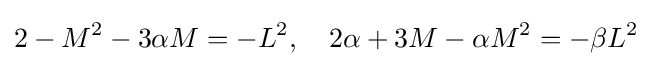
2-M^{2}-3\alpha M=-L^{2},\quad 2\alpha +3M-\alpha M^{2}=-\beta L^{2}